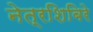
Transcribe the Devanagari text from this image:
नेत्रशिबिरे